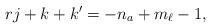
LaTeX: \begin{align*}rj+k+k'=-n_a+m_\ell -1,\end{align*}